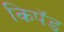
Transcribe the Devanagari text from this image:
किपॅड